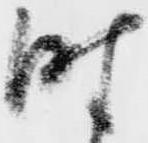
時